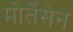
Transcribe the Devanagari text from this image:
मोर्तेंसेन